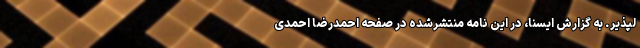
لپذیر. به گزارش ایسنا، در این نامه منتشرشده در صفحه احمدرضا احمدی